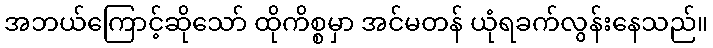
အဘယ်ကြောင့်ဆိုသော် ထိုကိစ္စမှာ အင်မတန် ယုံရခက်လွန်းနေသည်။